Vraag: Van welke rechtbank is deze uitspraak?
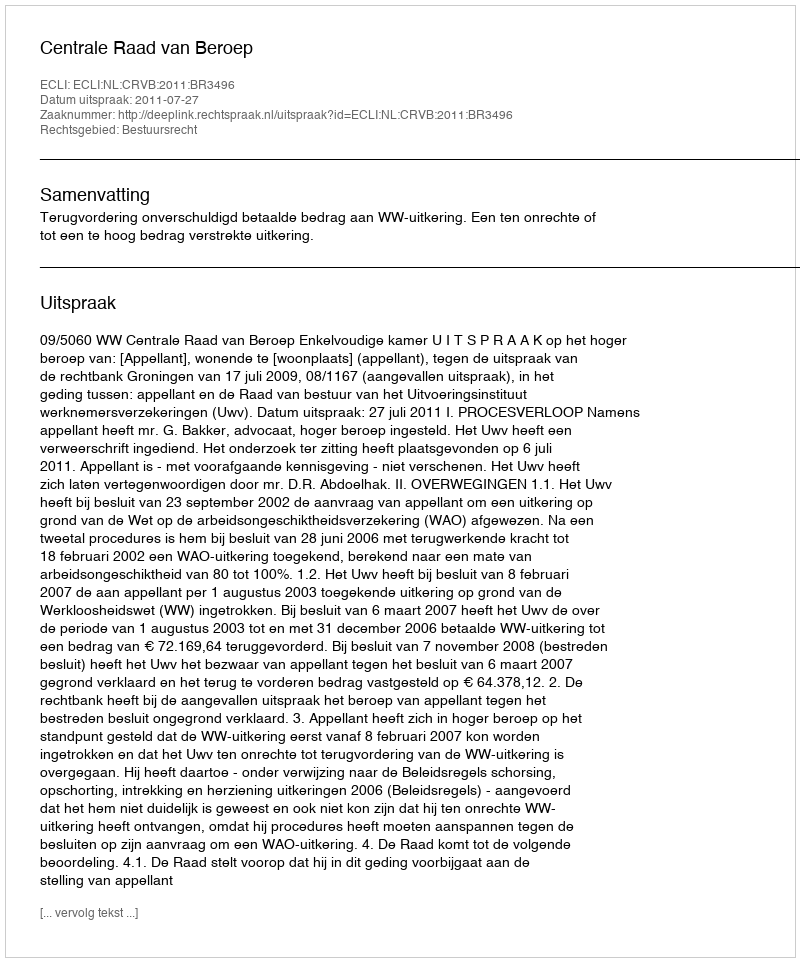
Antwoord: Centrale Raad van Beroep